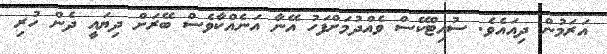
އަރަމުން ދިއައެވެ. ސުއިޓްކޭސް ވެއްދުމަށްފަހު އޭނާ އަނެއްކާވެސް ބޭރަށް ދިޔައީ ދެން ހުރި